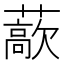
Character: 藃